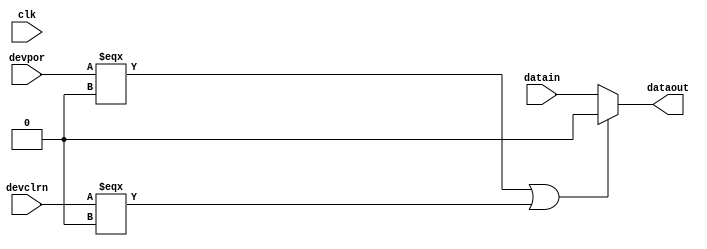
module stratix_lvds_tx_out_block (clk,
                                  datain,
                                  dataout,
                                  devclrn,
                                  devpor
                                 );
    parameter bypass_serializer = "false";
    parameter invert_clock = "false";
    parameter use_falling_clock_edge = "false";
    // INPUT PORTS
    input datain;
    input clk;
    input devclrn;
    input devpor;
    // OUTPUT PORTS
    output dataout;
    // INTERNAL VARIABLES
    reg dataout_tmp;
    reg clk_last_value;
    wire bypass_mode;
    wire invert_mode;
    wire falling_clk_out;
    // INPUT BUFFERS
    wire clk_in;
    wire datain_in;
    buf (clk_in, clk);
    buf (datain_in, datain);
    assign falling_clk_out = (use_falling_clock_edge == "true")?1'b1:1'b0;
    assign bypass_mode = (bypass_serializer == "true")?1'b1:1'b0;
    assign invert_mode = (invert_clock == "true")?1'b1:1'b0;
    specify
        (datain => dataout) = (0, 0);
        if (bypass_mode == 1'b1)
            (clk => dataout) = (0, 0);
        if (bypass_mode == 1'b0 && falling_clk_out == 1'b1)
            (negedge clk => (dataout +: dataout_tmp)) = (0, 0);
    endspecify
    initial
    begin
        clk_last_value = 0;
        dataout_tmp = 0;
    end
    always @(clk_in or datain_in or devclrn or devpor)
    begin
    	if ((devpor === 'b0) || (devclrn === 'b0))
    	begin
    		dataout_tmp <= 0;
    	end
    	else
    	begin
    		if (bypass_serializer == "false")
    		begin
    			if (use_falling_clock_edge == "false")
    				dataout_tmp <= datain_in;
    			else if ((clk_in === 1'b0) && (clk_last_value !== clk_in))
  					dataout_tmp <= datain_in;
    		end //bypass is off
    		else //generate clk_out
    			dataout_tmp <= (invert_clock == "false") ? clk_in : !clk_in;
    	end //devpor
    	clk_last_value <= clk_in;
    end // always
    and (dataout, dataout_tmp, 1'b1);
endmodule